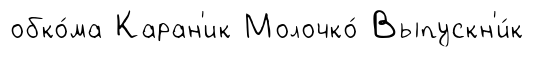
обко́ма Каран'ик Молочко́ Выпускн'и́к